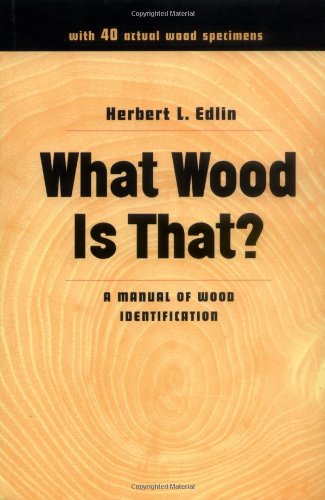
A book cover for What Wood Is That?: A Manual of Wood Identification (Studio Book); Herbert L. Edlin; Crafts, Hobbies & Home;